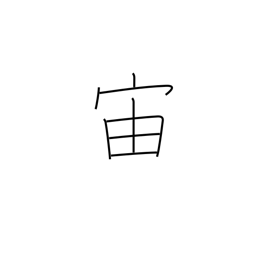
Meaning: interval of time